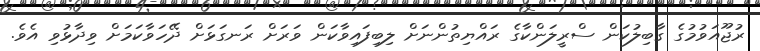
ރުޖޫއަވުމުގެ ގާބިލުކަން ސްރީލަންކާގެ ރައްޔިތުންނަށް ލިބިފައިވާކަން ވަރަށް ރަނގަޅަށް ދޭހަވާކަމަށް ވިދާޅުވި އެވެ.